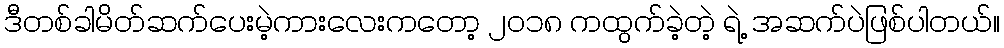
ဒီတစ်ခါမိတ်ဆက်ပေးမဲ့ကားလေးကတော့ ၂၀၁၈ ကထွက်ခဲ့တဲ့ ရဲ့ အဆက်ပဲဖြစ်ပါတယ်။